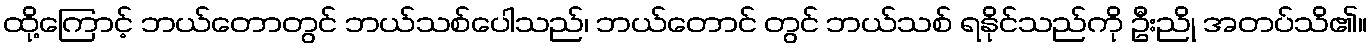
ထို့ကြောင့် ဘယ်တောတွင် ဘယ်သစ်ပေါသည်၊ ဘယ်တောင် တွင် ဘယ်သစ် ရနိုင်သည်ကို ဦးညို အတပ်သိ၏။